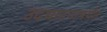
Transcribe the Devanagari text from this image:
उदघाटनापर्यंत